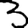
Digit: 3